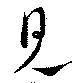
見